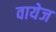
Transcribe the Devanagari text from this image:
वायेज